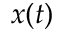
x ( t )